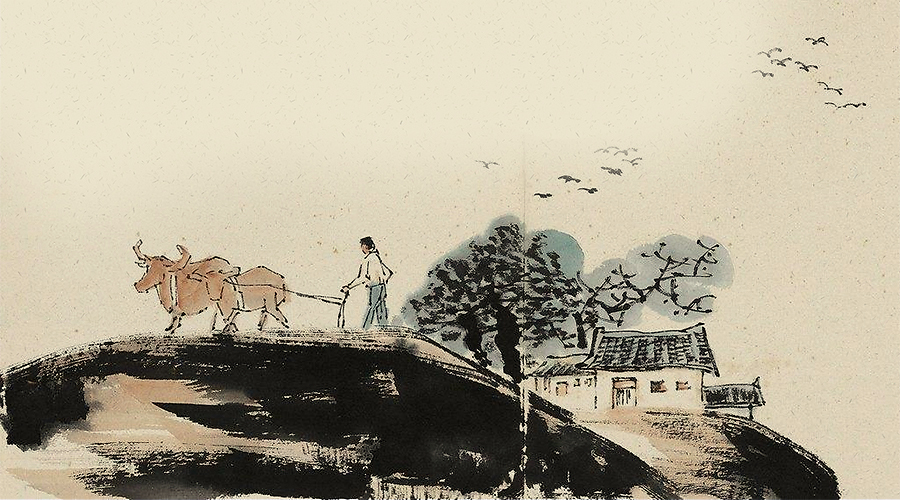
且故兴天下之利，除天下之害，令国家百姓之不治也，自古及今，未尝之有也。